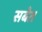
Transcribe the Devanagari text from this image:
सबेत